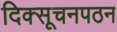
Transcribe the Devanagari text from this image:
दिक्सूचनपठन